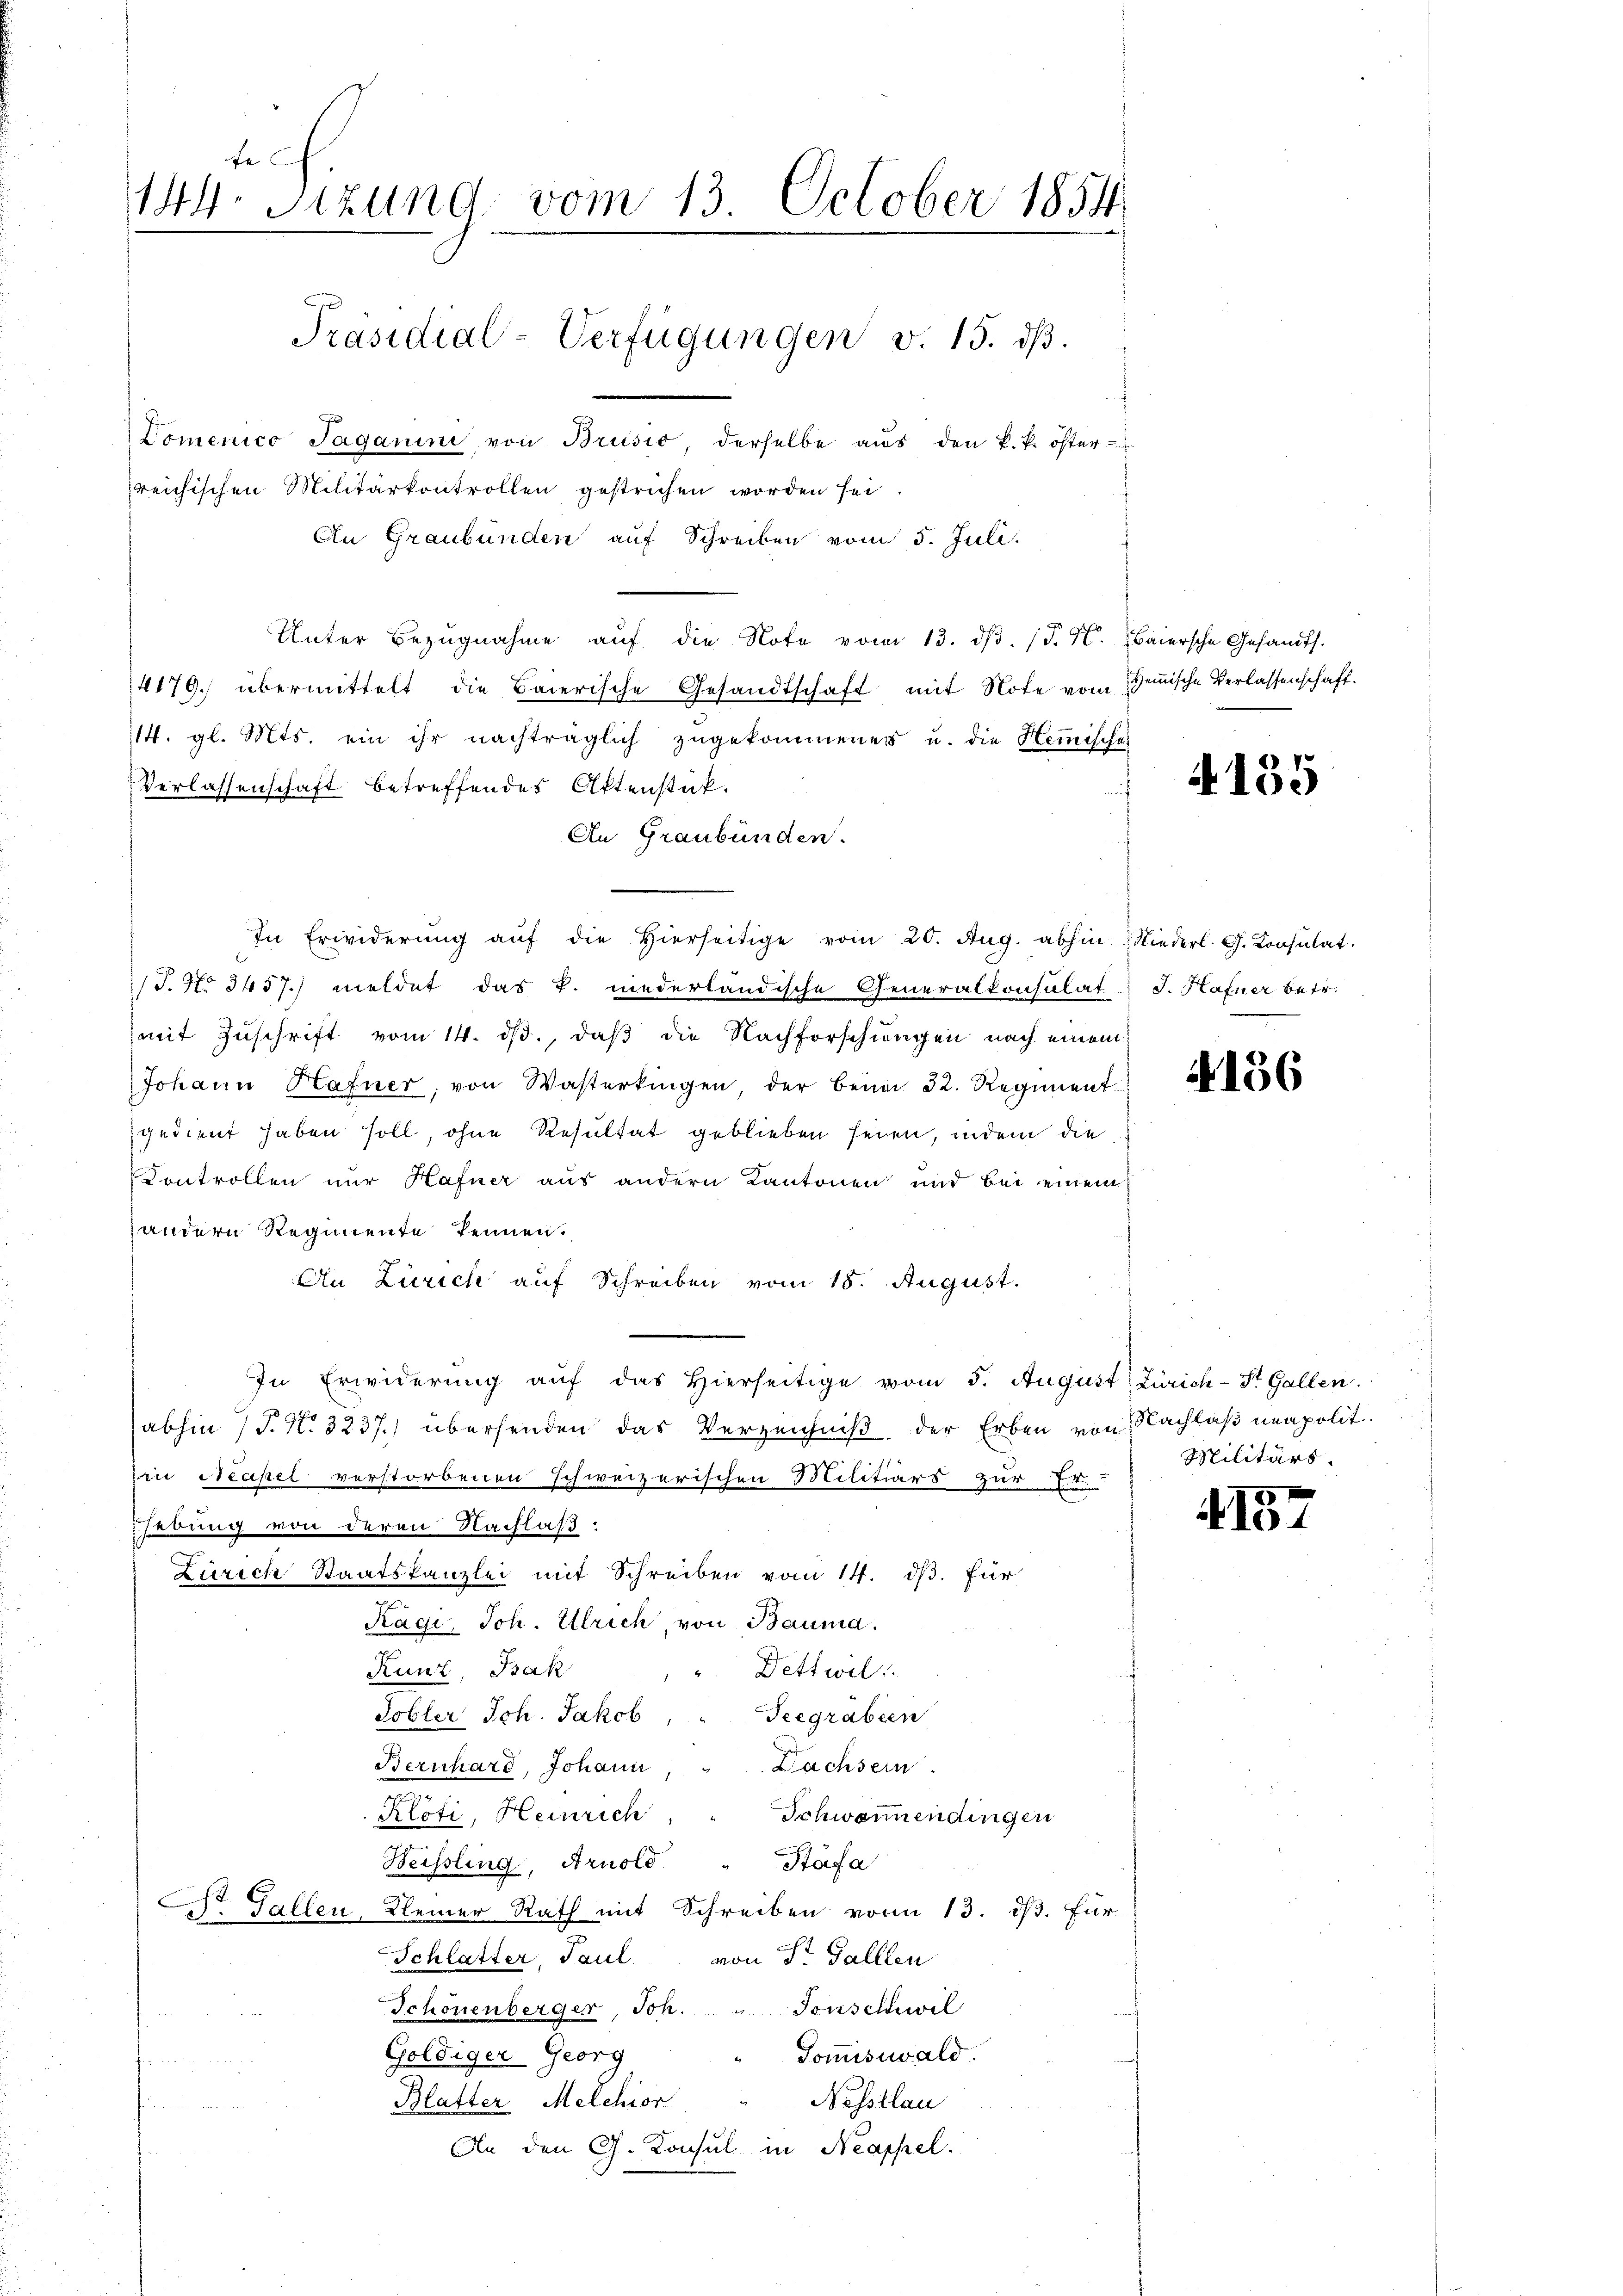
fe
144. Sitzung vom 13. October 1854
Präsidial-Verfügungen v. 15. dß.

Domenico Jaganini, von Brusio derselbe aŭs den k. k. öster-
reichischen Militärkontrollen gestrichen worden sei
An Graubünden auf Schreiben vom 5. Juli.
Unter Bezŭgnahme aŭf die Note vom 13. dβ. (T. 4. Baiersche Gesandts.
4179) übermittelt die Baierische Gesandtschaft mit Note vom Gemische Verlassenschaft.
114. gl. Mts. ein ihr nachträglich zugekommenes u. die Hemische
Verlassenschaft betreffendes Aktenstat.
An Graubünden.
In Erwiderŭng aŭf die hierseitige vom 20. Aŭg. abhin Niederl. G. Consulat.
/J. No 3457. meldet das P. niederländische Generalkonsulat J. Hafner betr.
mit Zuschrift vom 14. ds., daß die Nachforschungen nach einem
Johann Hafner, von Wasterkingen, der bena 32. Regiment
gedient haben soll, ohne Resultat geblieben seien, indem die
Controllen nur Hafner aus andern Kantonen und bei einem
andern Regimente kennen.
An Zürich auf Schreiben vom 18. August.
In Erwiderung auf das Hierseitige vom 5. August Zürich-St. Gallen.
abhin (T. No. 3237.) übersenden das Verzeichniß, der Erben von Nachlaß neapolit.
in Neapel verstorbenen schweizerischen Militiars zur Et
hebung von deren Nachlaß:
Zürich Staatskanzlei mit Schreiben vom 14. ds. für
Rägi, Joh. Ulrich, von Bauma.
Kunz, Bak
". Dettwil
Tobler Joh. Jakob
Seegraben
Bernhard, Johann
Dachsein.
Klöti, Heinrich
Schwarmendingen
Heissling, Arnold
Stäfa
Dr. Gallen, Kleiner Rath mit Schreiben von 13. dß. Für
Schlatter, Paul von Sr. Gallen
Schönenberger, Joh. " Tonschiwil
Goṁisswald.
Goldiger Georg
Nessklau
Blatter Melchior
An den G. Konsul in Neappel.

4135

4156

Militärs.

5
413.